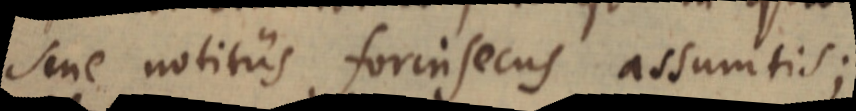
sine notitiis forinsecus assumtis;